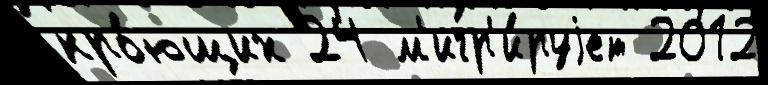
кро́ющих 24 м'игр'и́руjет 2012